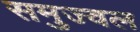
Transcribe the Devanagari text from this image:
समुज्वल